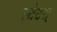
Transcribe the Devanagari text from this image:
स्टेटस्